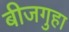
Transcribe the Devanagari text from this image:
बीजगुहा